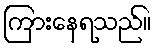
ကြားနေရသည်။